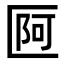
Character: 𠥍